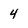
Character: 4